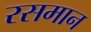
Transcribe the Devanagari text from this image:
रसमान